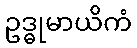
ဥဒ္ဓုမာယိကံ